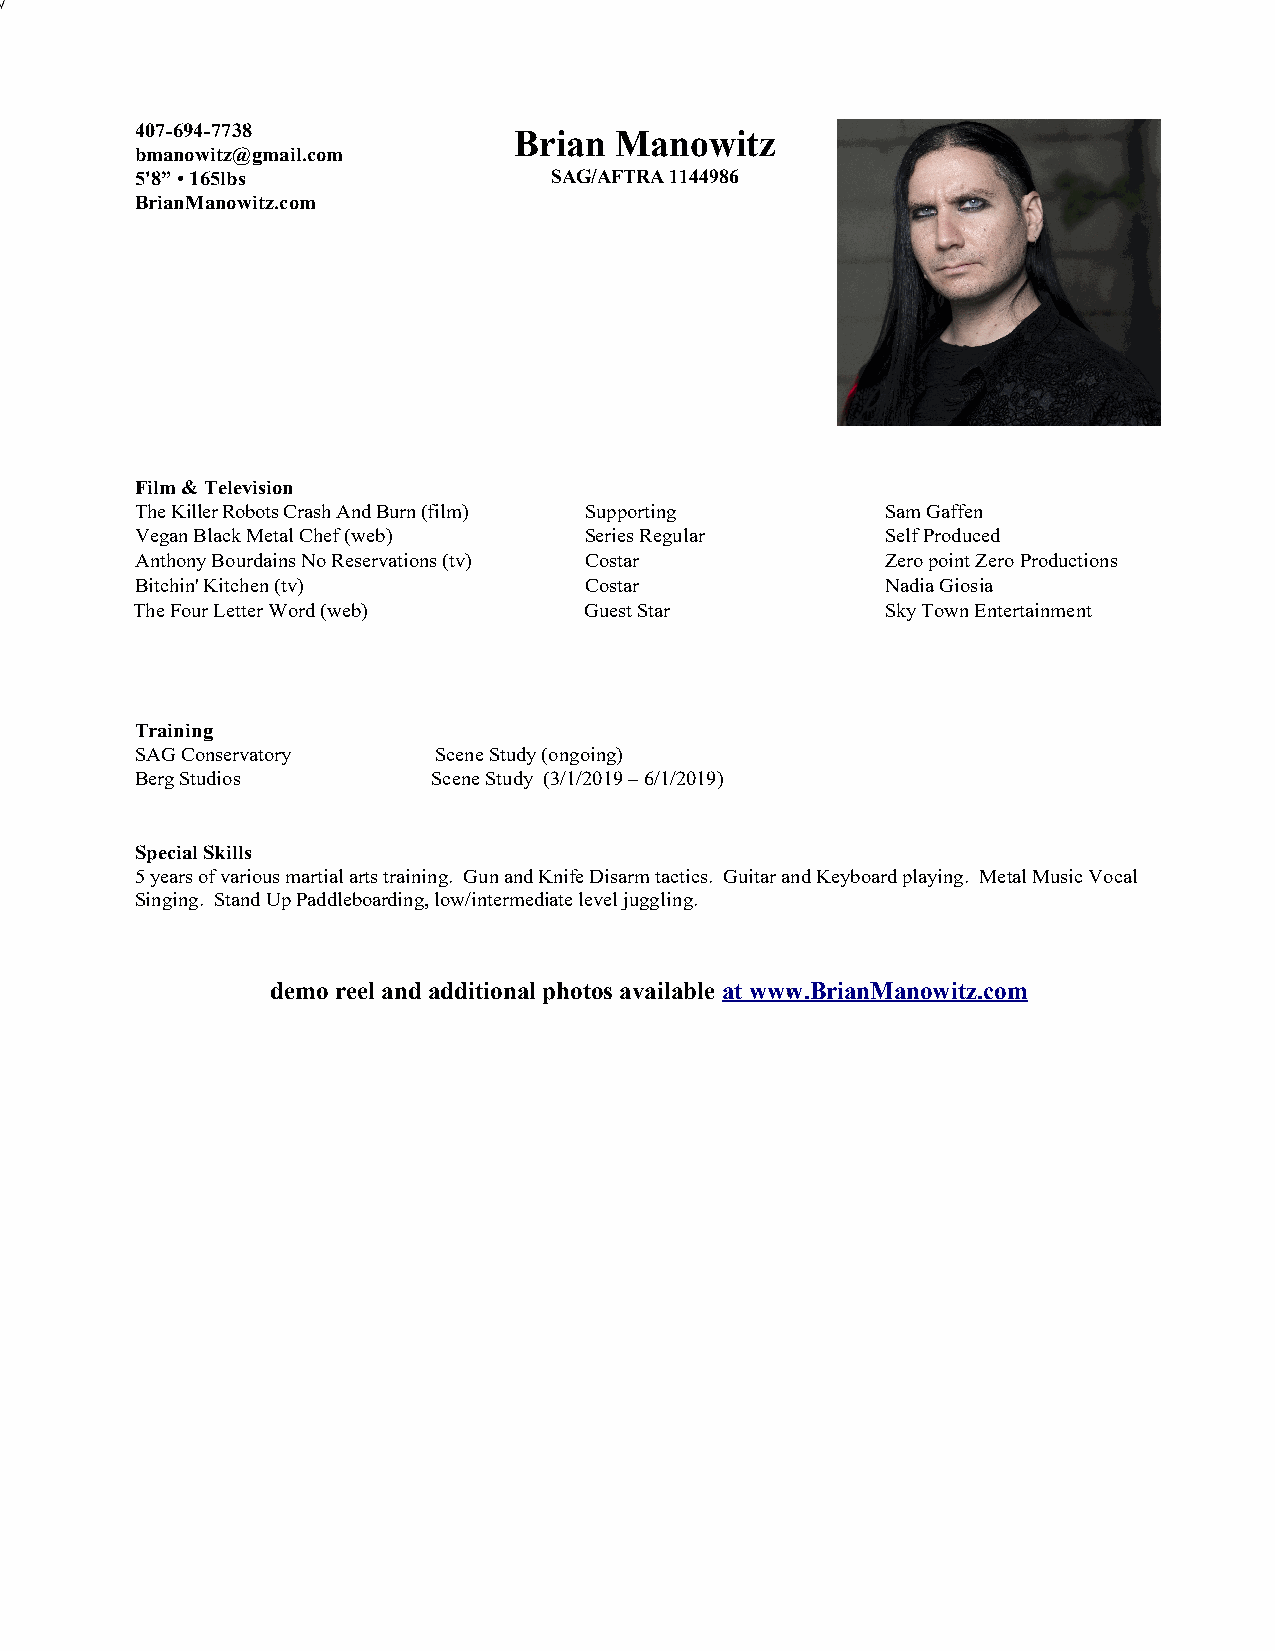
407-694-7738             Brian  Manowitz
 bmanowitz@gmail.com
 5'8” • 165lbs              SAG/AFTRA 1144986
 BrianManowitz.com
 Film & Television
 The Killer Robots Crash And Burn (film) Supporting Sam Gaffen
 Vegan Black Metal Chef (web)  Series Regular      Self Produced
 Anthony Bourdains No Reservations (tv) Costar     Zero point Zero Productions
 Bitchin' Kitchen (tv)         Costar              Nadia Giosia
 The Four Letter Word (web)    Guest Star          Sky Town Entertainment
 Training
 SAG Conservatory    Scene Study (ongoing)
 Berg Studios        Scene Study (3/1/2019 – 6/1/2019)
 Special Skills
 5 years of various martial arts training. Gun and Knife Disarm tactics. Guitar and Keyboard playing. Metal Music Vocal
 Singing. Stand Up Paddleboarding, low/intermediate level juggling.
 demo reel and additional photos available at www.BrianManowitz.com